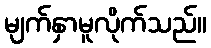
မျက်နှာမူလိုက်သည်။